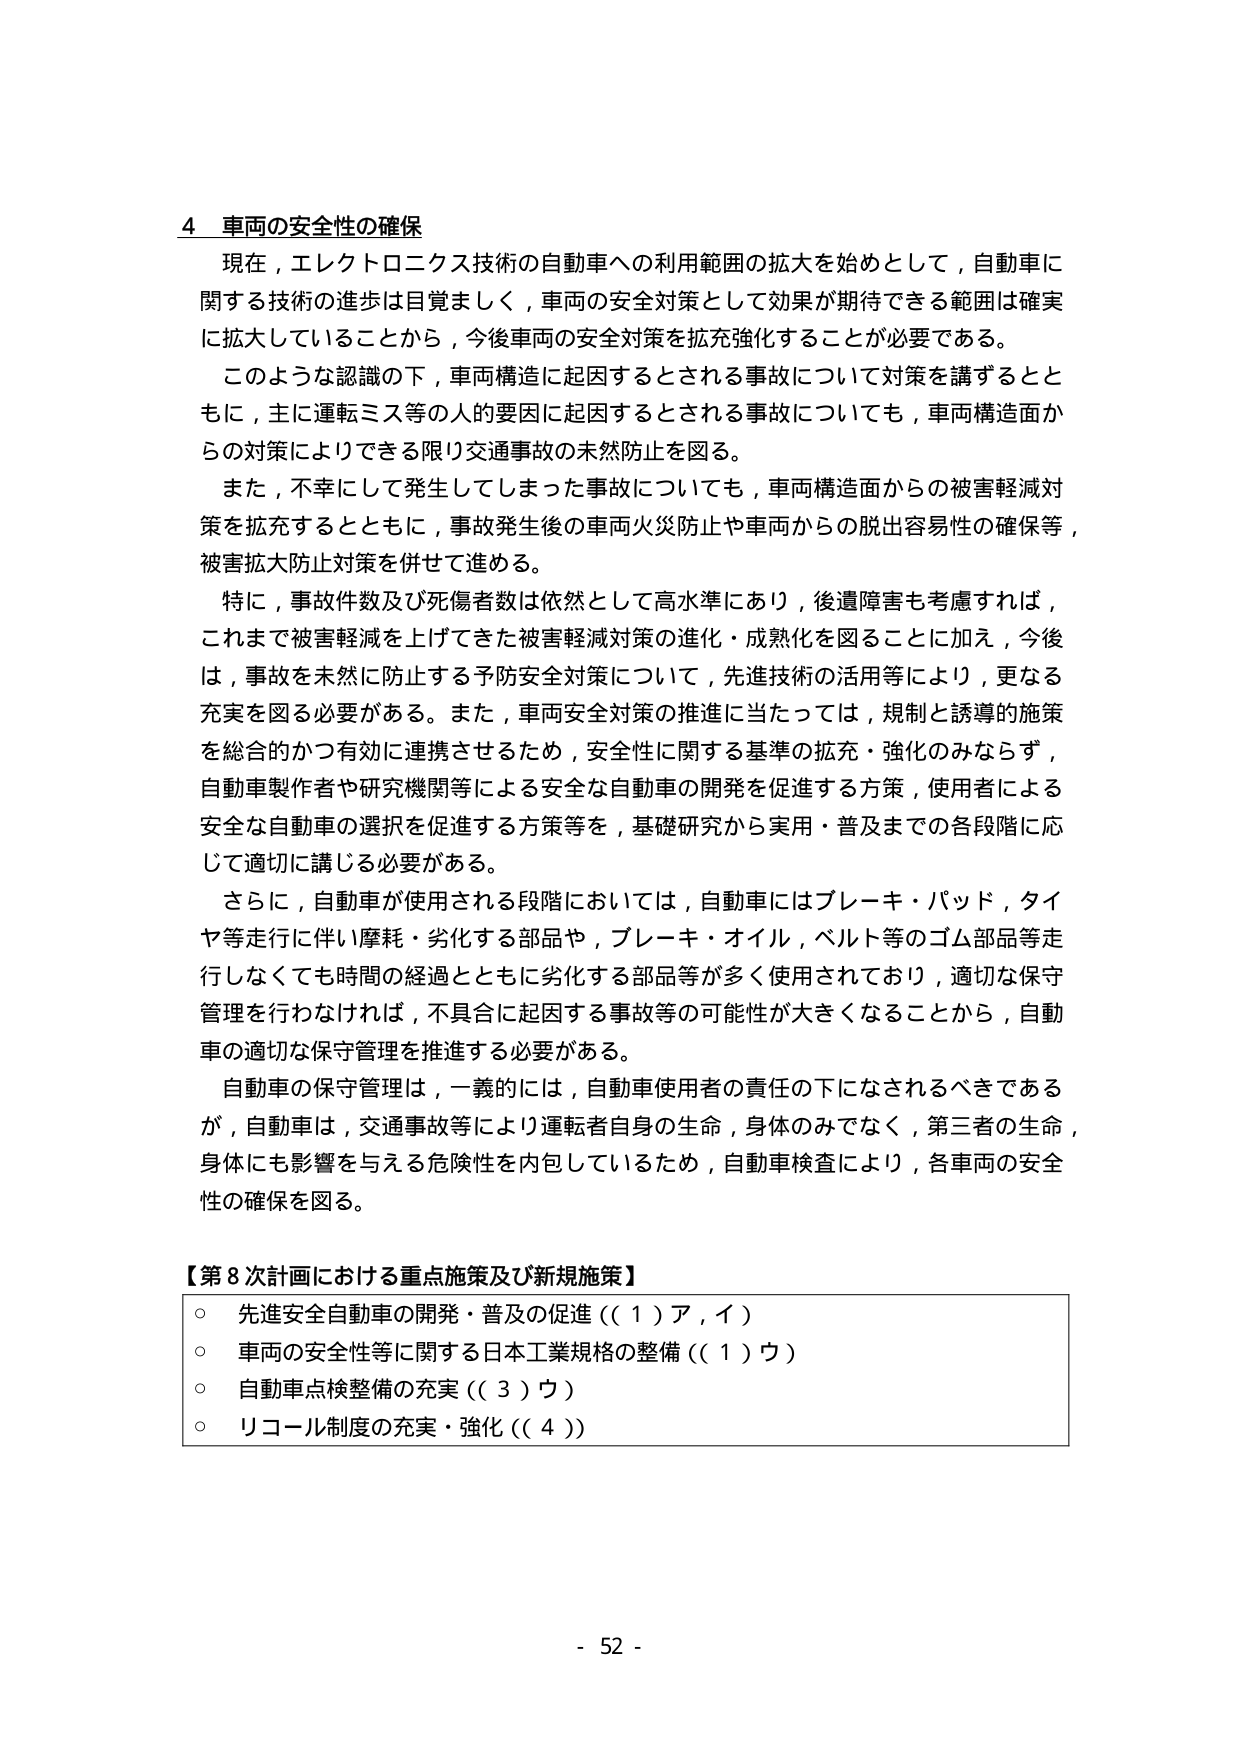
4 車両の安全性の確保
現在，エレクトロニクス技術の自動車への利用範囲の拡大を始めとして，自動車に関する技術の進歩は目覚ましく，車両の安全対策として効果が期待できる範囲は確実に拡大していることから，今後車両の安全対策を拡充強化することが必要である。
このような認識の下，車両構造に起因するとされる事故について対策を講ずるとともに，主に運転ミス等の人的要因に起因するとされる事故についても，車両構造面からの対策によりできる限り交通事故の未然防止を図る。
また，不幸にして発生してしまった事故についても，車両構造面からの被害軽減対策を拡充するとともに，事故発生後の車両火災防止や車両からの脱出容易性の確保等，被害拡大防止対策を併せて進める。
特に，事故件数及び死傷者数は依然として高水準にあり，後遺障害も考慮すれば，これまで被害軽減を上げてきた被害軽減対策の進化・成熟化を図ることに加え，今後は，事故を未然に防止する予防安全対策について，先進技術の活用等により，更なる充実を図る必要がある。また，車両安全対策の推進に当たっては，規制と誘導的施策を総合的かつ有効に連携させるため，安全性に関する基準の拡充・強化のみならず，自動車製作者や研究機関等による安全な自動車の開発を促進する方策，使用者による安全な自動車の選択を促進する方策等を，基礎研究から実用・普及までの各段階に応じて適切に講じる必要がある。
さらに，自動車が使用される段階においては，自動車にはブレーキ・パッド，タイヤ等走行に伴い摩耗・劣化する部品や，ブレーキ・オイル，ベルト等のゴム部品等走行しなくても時間の経過とともに劣化する部品等が多く使用されており，適切な保守管理を行わなければ，不具合に起因する事故等の可能性が大きくなることから，自動車の適切な保守管理を推進する必要がある。
自動車の保守管理は，一義的には，自動車使用者の責任の下になされるべきであるが，自動車は，交通事故等により運転者自身の生命，身体のみでなく，第三者の生命，身体にも影響を与える危険性を内包しているため，自動車検査により，各車両の安全性の確保を図る。

【第8次計画における重点施策及び新規施策】
○ 先進安全自動車の開発・普及の促進（（1）ア，イ）
○ 車両の安全性等に関する日本工業規格の整備（（1）ウ）
○ 自動車点検整備の充実（（3）ウ）
○ リコール制度の充実・強化（（4））

- 52 -